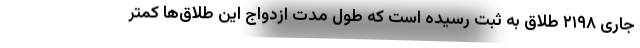
جاری ۲۱۹۸ طلاق به ثبت رسیده است که طول مدت ازدواج این طلاق‌ها کمتر